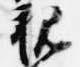
親